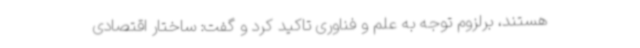
هستند، برلزوم توجه به علم و فناوری تاکید کرد و گفت: ساختار اقتصادی